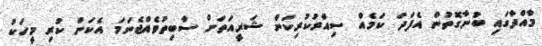
މާއްދާގައި ބުނާގޮތުން އެފަދަ ކަމެއް ސިއްރުކުރިކަން ޝަރީއަތަށް ސާބިތުވެއްޖެނަމަ އެކަން ކުރި މީހަކު